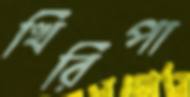
খিরিপা